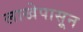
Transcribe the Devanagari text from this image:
लाखेपासून